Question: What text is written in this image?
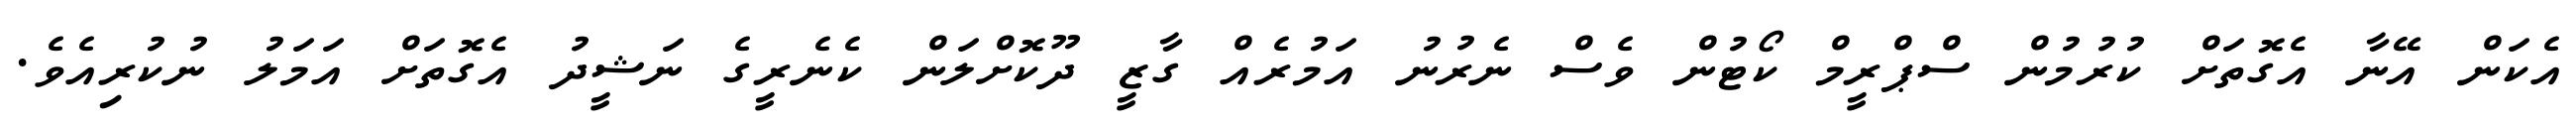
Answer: އެކަން އޭނާ އެގޮތަށް ކުރުމުން ސްޕްރީމް ކޯޓުން ވެސް ނެރުނު އަމުރެއް ގާޒީ ދޫކޮށްލަން ކެނެރީގެ ނަޝީދު އެގޮތަށް އަމަލު ނުކުރިއެވެ.